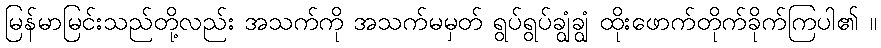
မြန်မာမြင်းသည်တို့လည်း အသက်ကို အသက်မမှတ် ရွပ်ရွပ်ချွံချွံ ထိုးဖောက်တိုက်ခိုက်ကြပါ၏ ။